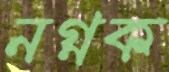
নগ্নক